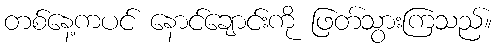
တစ်နေ့ကပင် နောင်ချောင်းကို ဖြတ်သွားကြသည်။